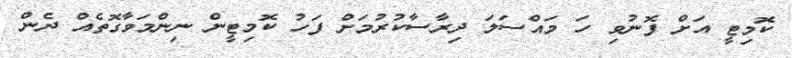
ކޮމިޓީ އަށް ފޮނުވި ހަ މައްސަލަ ދިރާސާކުރުމަށް ފަހު ކޮމިޓީން ނިންމަވާގޮތެއް ދެން